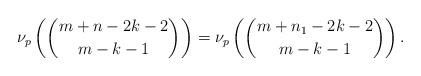
LaTeX: \begin{align*}\nu_p \left( \binom{m+n-2k-2}{m-k-1}\right)=\nu_p \left( \binom{m+n_1-2k-2}{m-k-1} \right).\end{align*}